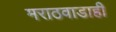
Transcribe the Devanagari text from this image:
मराठवाडाही